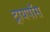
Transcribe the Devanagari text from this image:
ट्रायपॉस